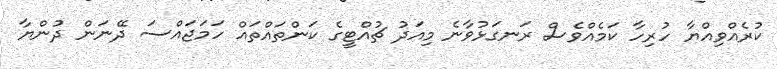
ކުރެއްވިއްޔާ ހުރިހާ ކަމެއްވެސް ރަނގަޅުވާނެ މިއަދު ޗުއްޓީގެ ކަންތައްތައް ހަމަޖައްސަ ދޭނަން ދުންޔާ